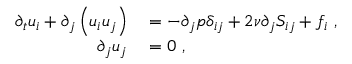
\begin{array} { r l } { \partial _ { t } u _ { i } + \partial _ { j } \left( u _ { i } u _ { j } \right) } & { { } = - \partial _ { j } p \delta _ { i j } + 2 \nu \partial _ { j } S _ { i j } + f _ { i } \ , } \\ { \partial _ { j } u _ { j } } & { { } = 0 \ , } \end{array}